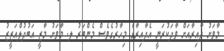
މާވަށު ދާއިރާއަށް ވާދަކުރަނީ އެދާއިރާގެ މިހާރުގެވެސް މެންބަރު ލ. މާވަށު މާޒީ އަބުދުލްއަޒީޒު